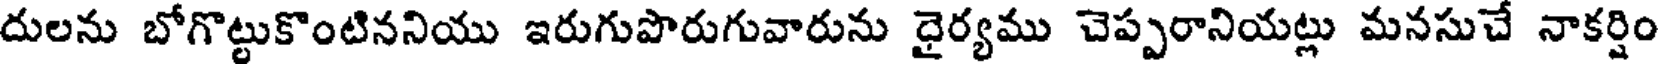
దులను బోగొట్టుకొంటిననియు ఇరుగుపొరుగువారును ధైర్యము చెప్పరానియట్లు మనసుచే నాకర్షిం